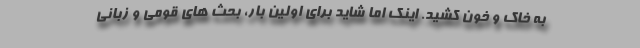
به خاک و خون کشید. اینک اما شاید برای اولین بار، بحث های قومی و زبانی